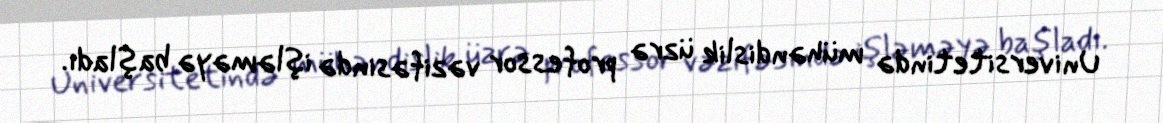
Universitetində mühəndislik üzrə professor vəzifəsində işləməyə başladı.